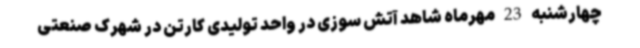
چهارشنبه 23 مهرماه شاهد آتش سوزی در واحد تولیدی کارتن در شهرک صنعتی